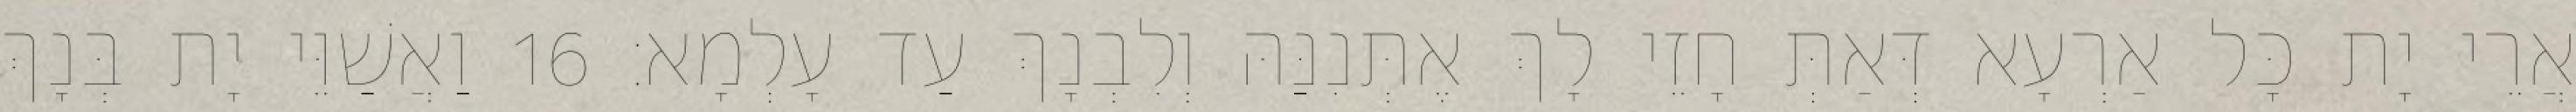
אֲרֵי יָת כָּל אַרְעָא דְּאַתְּ חָזֵי לָךְ אֶתְּנִנַּהּ וְלִבְנָךְ עַד עָלְמָא׃ 16 וַאֲשַׁוֵּי יָת בְּנָךְ